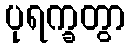
ပုရက္ခတွာ